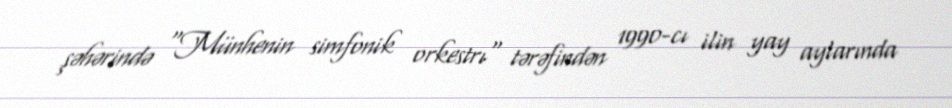
şəhərində "Münhenin simfonik orkestrı" tərəfindən 1990-cı ilin yay aylarında